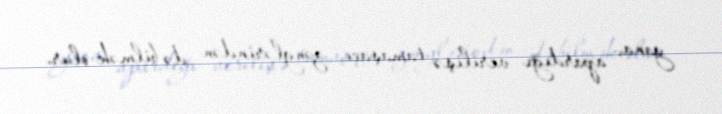
yana, apardığı verilişə tamaşaçı zənglərindən də bilmək olur.